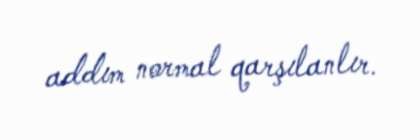
addım normal qarşılanlır.